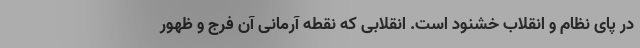
در پای نظام و انقلاب خشنود است. انقلابی که نقطه آرمانی آن فرج و ظهور